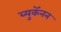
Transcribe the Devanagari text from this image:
ब्युकॅनन